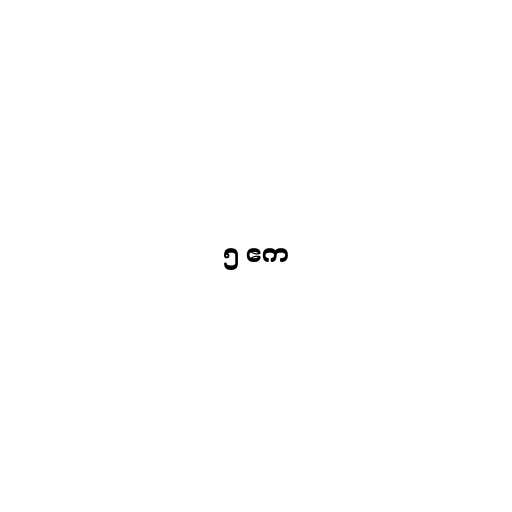
၅ ဧက